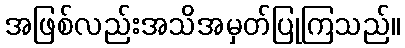
အဖြစ်လည်းအသိအမှတ်ပြုကြသည်။